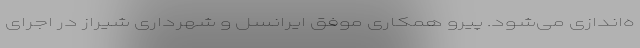
ه‌اندازی می‌شود. پیرو همکاری موفق ایرانسل و شهرداری شیراز در اجرای